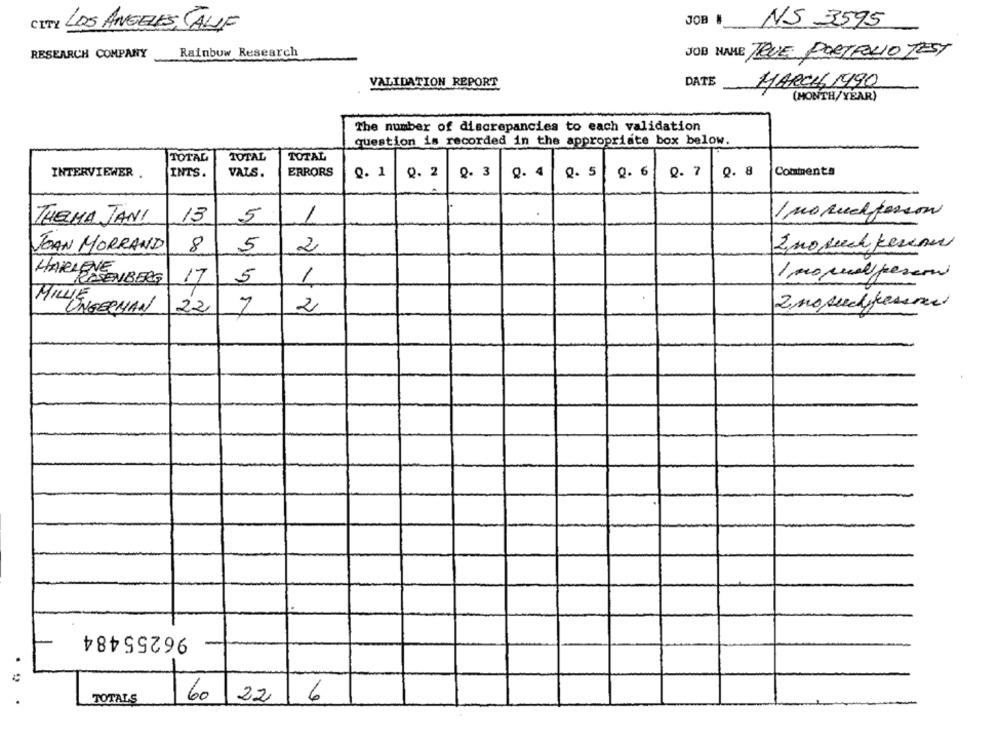
NS 3595
CITY LOS ANGELES, CALIF
JOB
JOB NAME TRUE PORTFOLIO TEST
RESEARCH COMPANY
Rainbow Research
VALIDATION REPORT
DATE
MARCH, 1490
(MONTH/YEAR)
The number of discrepancies to each validation
question is recorded in the appropriate box below.
TOTAL
TOTAL
TOTAL
0. 6
Comments
INTERVIEWER .
INTS.
VAIS.
ERRORS
0. 1
Q. 2
0. 3
Q. 4
Q. 5
Q. 7
Q. 8
1
1 no suchperson
THELMA JANI
13
5
JOAN MORRAND
8
5
2
Inopuch kevinw
HARLENE
EISENBERG
17
5
1
1 no quel pesarni
MILLIE
2,no, suchference
UNGERMAN
22
2
2
96255484
6
TOTALS
6. 22
1